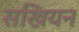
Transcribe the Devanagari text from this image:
सखियन